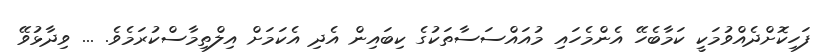
ފަހިކޮށްދެއްވުމަކީ ކަމާބެހޭ އެންމެހައި މުއައްސަސާތަކުގެ ކިބައިން އެދި އެކަމަށް އިލްތިމާސްކުރަމެވެ. ... ވިދާޅުވޭ